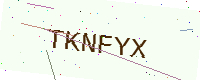
Text: TKNFYX